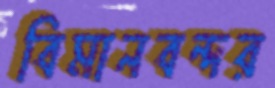
বিমানবন্দর